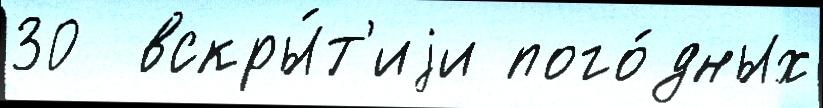
30  вскры́т'иjи пого́дных